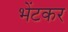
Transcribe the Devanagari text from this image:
भेंटकर